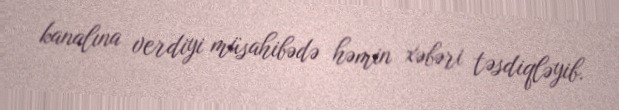
kanalına verdiyi müsahibədə həmin xəbəri təsdiqləyib.